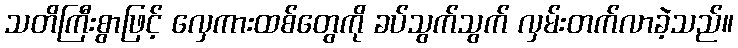
သတိကြီးစွာဖြင့် လှေကားထစ်တွေကို ခပ်သွက်သွက် လှမ်းတက်လာခဲ့သည်။